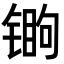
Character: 𬭧